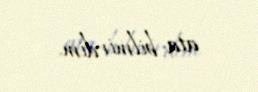
ata bilmirdim.